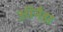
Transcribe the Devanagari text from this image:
ऑनैडा